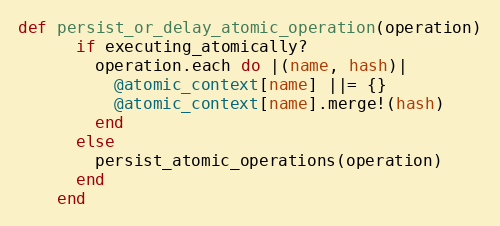
Language: Ruby
def persist_or_delay_atomic_operation(operation)
      if executing_atomically?
        operation.each do |(name, hash)|
          @atomic_context[name] ||= {}
          @atomic_context[name].merge!(hash)
        end
      else
        persist_atomic_operations(operation)
      end
    end